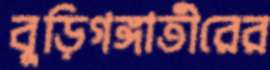
বুড়িগঙ্গাতীরের